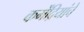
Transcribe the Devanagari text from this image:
कर्मेंद्रियांचे